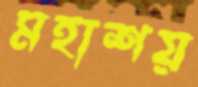
মহাশয়